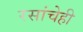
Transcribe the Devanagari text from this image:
रसांचेही